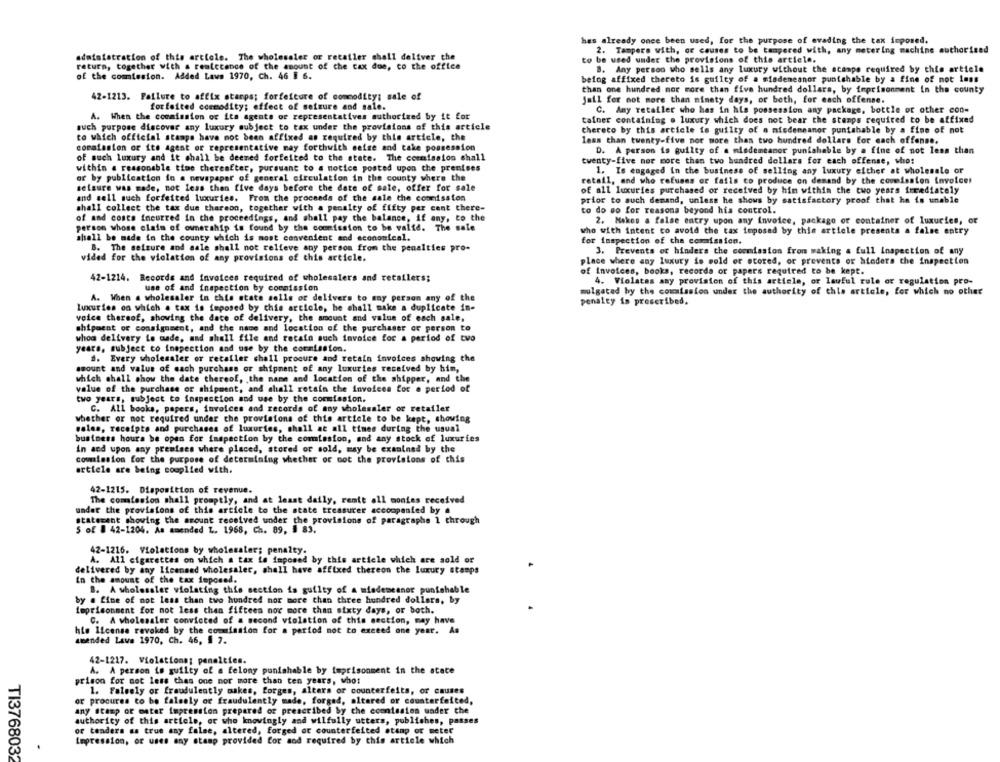
has already once been used, for the purpose of evading the tax imposed.
2. Tampers with, or causes to be tampered with, any metering machine authorised
administration of this article. The wholesaler or retailer chall deliver the
to be used under the provisions of this article.
return, together with a realctance of the amount of the cax due, co the office
8. Any person who sells any luxury without the acamps required by this article
of the commission. Added Laws 1970, Ch. 46 5 6.
being affixed thereto is guilty of a misdemeanor punishable by a fine of not Inns
than one hundred mor more than five hundred dollars, by imprisonment in the county
42-1213. Failure to affix starps; forfeiture of commodity; sale of
jail fer not more than ninety days, or both, for each offense.
forfeited commodity; effect of seizure and sale.
C. Any retailer who has in his possession any package, bottle or other con-
A. When the commission of Ita agents of representatives authorized by it for
tainer containing . luxury which does not bear the stamps required to be affixed
auch purpose discover any luxury subject to tax under the provisions of this article
thereto by this article is guilty of a misdemeanor punishable by a fine of not
to which official stampa have not been affixed as required by this article, the
less than twenty-five nor more than two hundred dollars for each offense.
commission or ito agent or representative may forthwith maise and take possession
D. A person is guilty of a misdemeanor punishable by a fine of not less than
of such luxury and it shall be deemed forfeited to the state. The commission shall
twenty-five nor more than two hundred dollars for each offense, who:
within a reasonable time thereafter, pursuant to a notice posted upon the premises
1. Is engaged in the business of selling any luxury either at wholesale or
or by publication in a newspaper of general circulation in the county where the
retail, and who refuses or fails co produce on demand by the commission invoicet
selaure was made, not less than five days before the date of sale, offer for sale
of all luxuries purchased or received by him within the two years immediately
and sell such forfeited luxuries. From the proceeds of the sale the commission
prior to such demand, unless he shows by satisfactory proof that he is unable
shall collect the tax due thareon, together with a penalty of fifty per cent there-
to do so for reasons beyond his control.
of and costs incurred in the proceedings, and shall pay the balance, if any, to the
2. Makes a false entry upon any invoice, package or container of luxuries, or
person whose claim of ownership is found by the commission to be valid. The sale
who with intent to avoid the tax imposed by this article presents a false entry
shall be made in the county which is most convenient and economical.
for inspection of the commission.
B. The seizure and sale shall not relieve any person from the penalties pro-
3. Prevents of hinders the commission from making a full inspection of any
vided for the violation of any provisions of this article.
place where any luxury is sold or stored, or prevents or aloders the inspection
of Invoices, books, records or papers required to be kept.
42-1214. Records and Invoices required of wholesalers and retailers;
4. Violates any provision of this article, or lawful rule of regulation pro-
use of and inspection by commission
A. When a wholesaler in this state solls or delivers to any person any of the
mulgated by the commission under the authority of this article, for which no other
penalty is prescribed.
luxuries on which a tax is imposed by this article, he shall make a duplicate in-
voice thereof, showing the date of delivery, the amount and value of each sale,
shipment of consignment, and the name and location of the purchaser or person to
whoa delivery Lo made, and shall file and retain such invoice for a period of two
years, subject to inspection and use by the commission.
#. Every wholesaler or retailer chall procure and retain invoices showing the
amount and value of each purchase or shipment of any luxuries received by him,
which shall show the date thereof, . the name and location of the shipper, and the
value of the purchase of shipment, and shall retain the invoices for a period of
two years, subject to inspection and use by the commission.
C. All books, papers, invoices and records of any wholesaler or retailer
whether or not required under the provisions of this article to be kept, showing
sales, receipts and purchases of luxuries, shall at all times during the usual
business hours be open for inspection by the commission, and any stock of luxuries
in and upon any premises where placed, stored or sold, may be examined by the
commission for the purpose of determining whether or not the provisions of this
article are being couplied with.
42-1215. Disposition of revenue.
The comission shall promptly, and at least daily, remit all monies received
under the provisions of this article to the state treasurer accompanied by a
statecant showing the amount received under the provisions of paragraphe 1 through
S of # 42-1204. As amended L. 1968, Ch. 89, 3 83.
42-1216. Violations by wholesaler; penalty.
A. All cigarettes on which a tax ie imposed by this article which are sold or
delivered by any licensed wholesaler, shall have affixed thereon the Luxury stamps
In the amount of the tax imposed.
B. A wholesaler violating this section is guilty of a misdemeanor punishable
by . fine of not less than two hundred nor more than three hundred dollars, by
toprisonment for not less than fifteen noc more than sixty days, or both.
C. A wholesaler convicted of a second violation of this section, may have
hie license revoked by the commission for a period not to exceed one year. As
amended Lawe 1970, Ch. 46, 1 7.
42-1217. Violationat penalties.
A. A person is guilty of a felony punishable by imprisonment in the state
prison for not less thas one mor more than ten years, who:
1. Falsely or fraudulently makes, forges, alters or counterfeita, or causes
or procures to be falsely or fraudulently made, forged, altered or counterfeited,
any stamp or mater impression prepared or prescribed by che comission under the
authority of this article, or who knowingly and wilfully utters, publishes, passes
or tenders as true any false, altered, forged or counterfeited stamp or meter
Impression, or uses any stamp provided for aod required by this article which
TI3768032